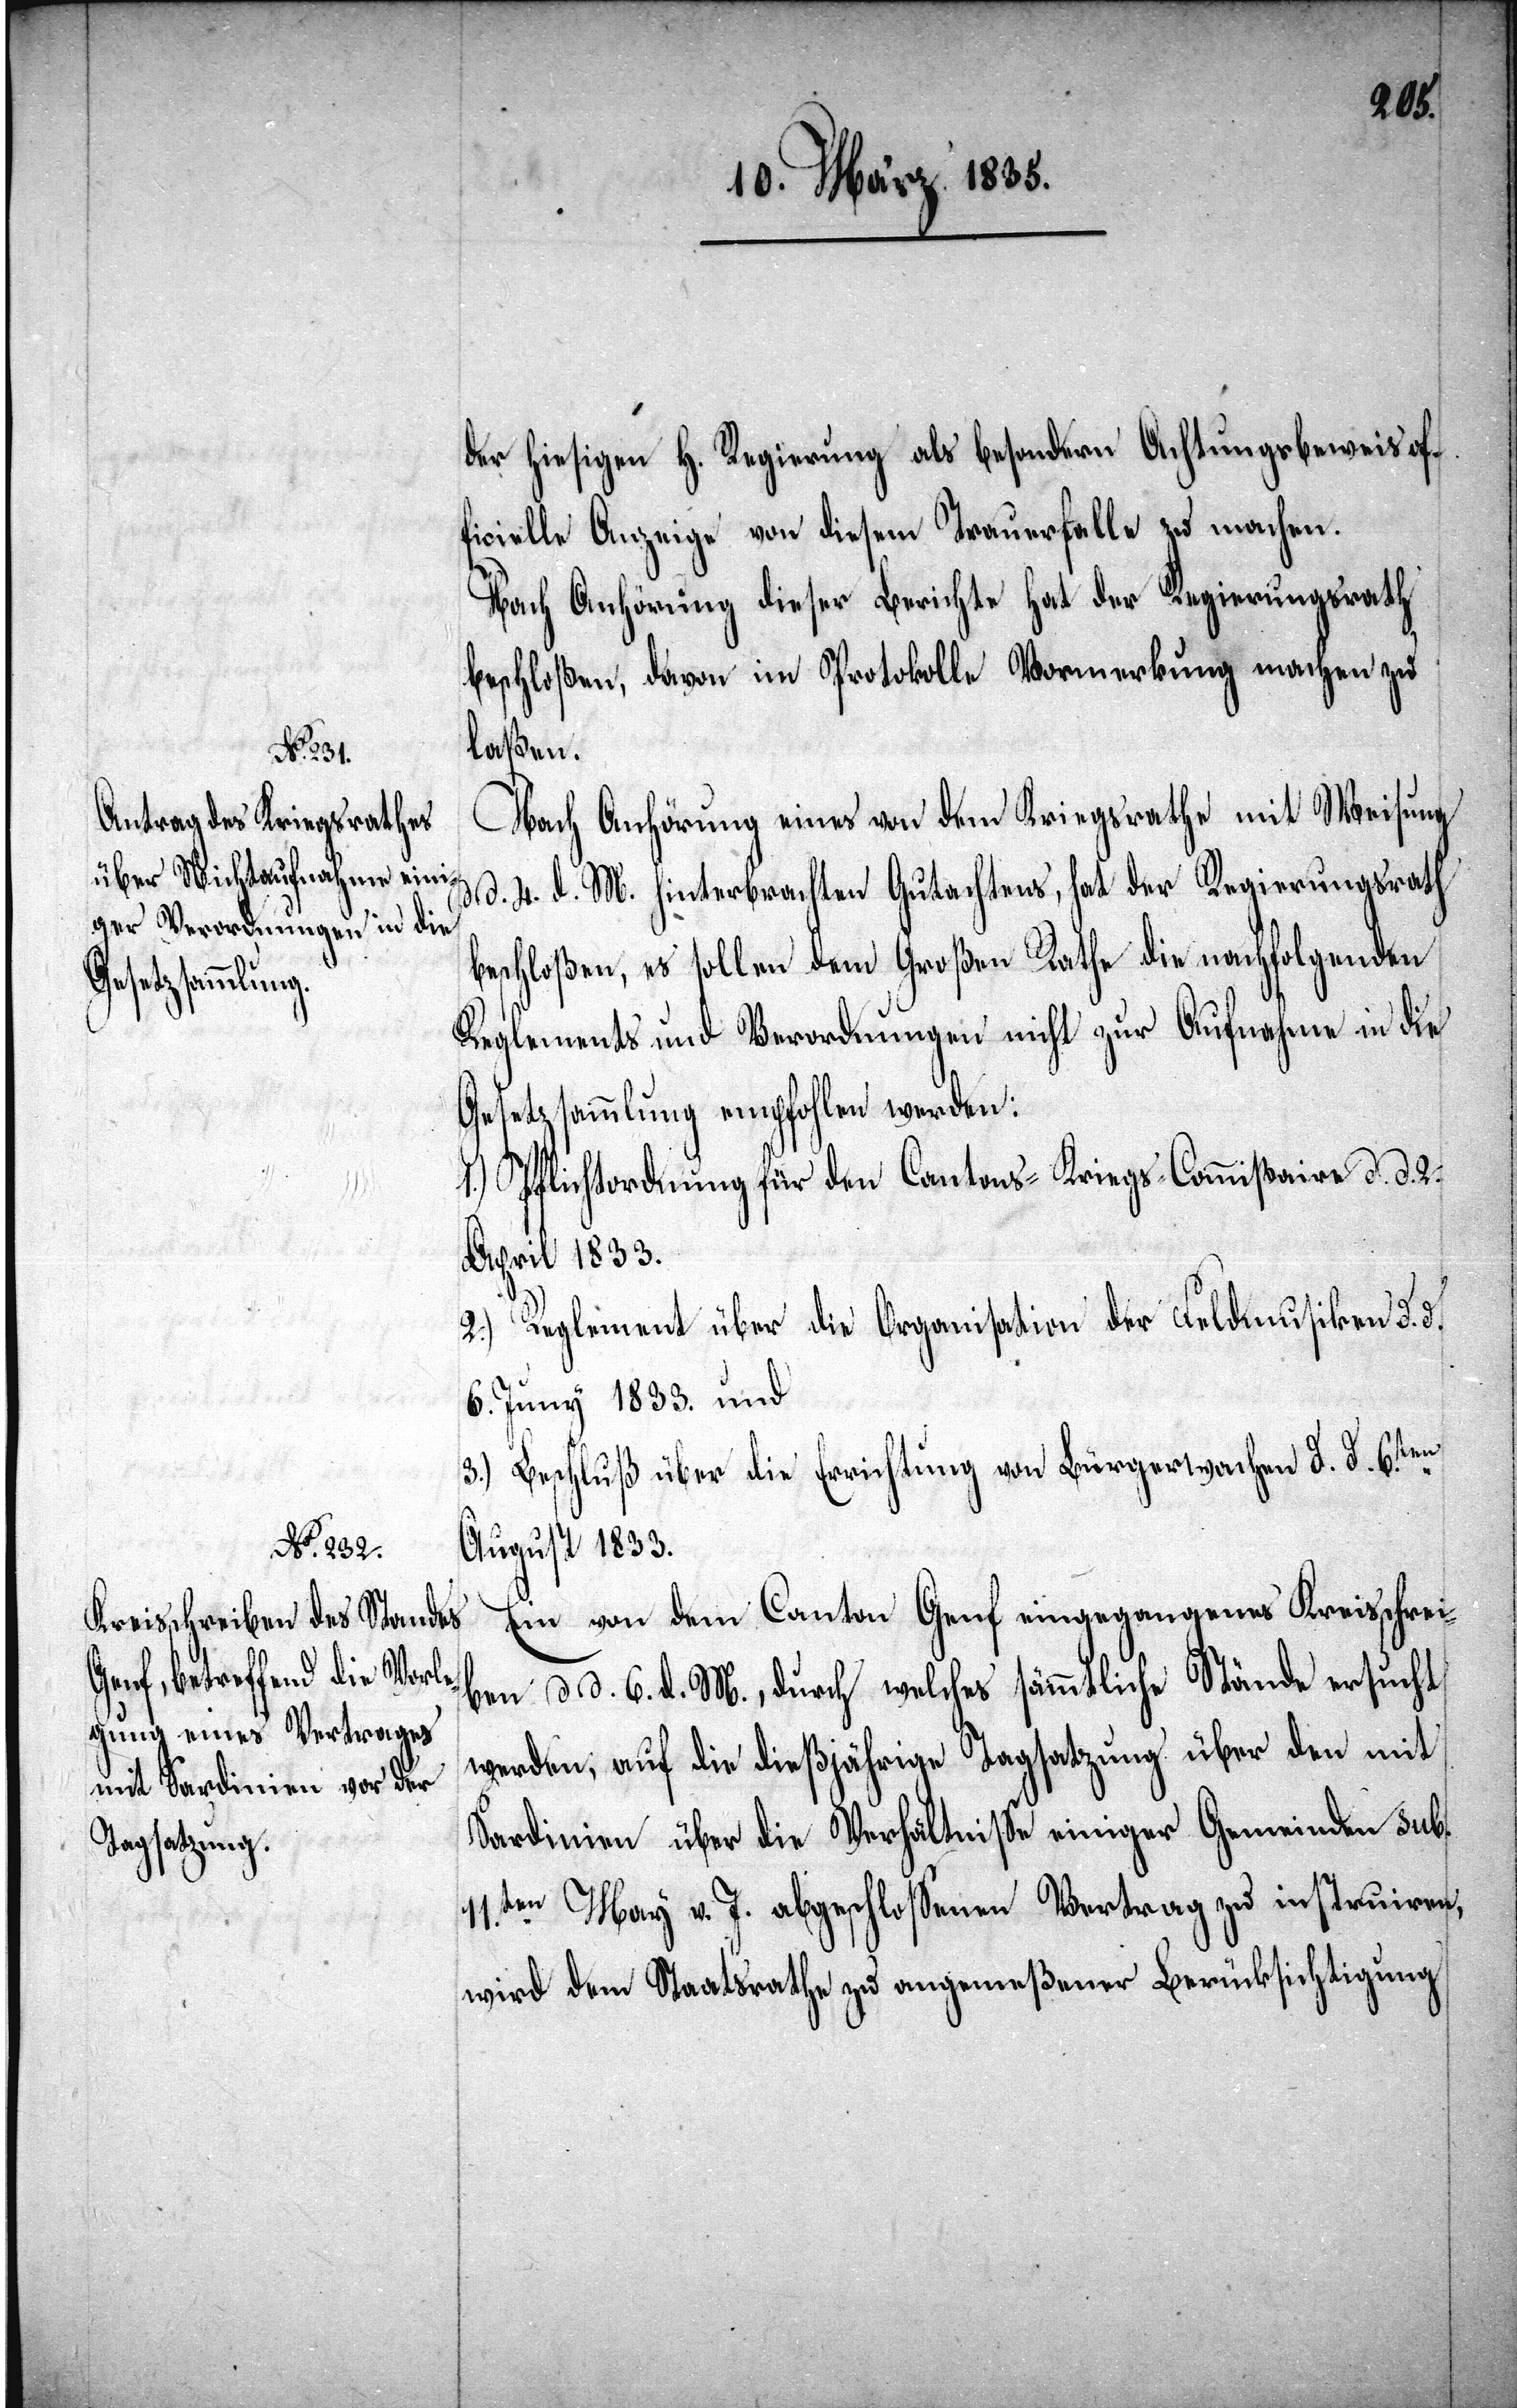
of¬

ficielle Anzeige von diesem Trauerfalle zu machen.
Nach Anhörung dieser Berichte hat der Regierungsrath
beschloßen, davon im Protokolle Vormerkung machen zu
laßen.
Nach Anhörung eines von dem Kriegsrathe mit Weisung
d. 4. d. M. hinterbrachten Gutachtens, hat der Regierungsrath
beschloßen, es sollen dem Großen Rathe die nachfolgenden
Reglements und Verordnungen nicht zur Aufnahme in die
Gesetzsammlung empfohlen werden:
1.) Pflichtordnung für den Cantons-Kriegs-Commißaire d. d. 2.
April 1833.
2.) Reglement über die Organisation der Feldmusiken d. d.
6. Juny 1833. und
3.) Beschluß über die Errichtung von Bürgerwehren d. d. 6.ten
August 1833.
Ein von dem Canton Genf eingegangenes Kreisschrei¬
ben d. d. 6. d. M., durch welches sämmtliche Stände ersucht
werden, auf die dießjährige Tagsatzung über den mit
Sardinien über die Verhältniße einiger Gemeinden sub.
11.ten März v. J. abgeschloßenen Vertrag zu instruiren,
wird dem Staatsrathe zu angemeßener Berücksichtigung